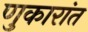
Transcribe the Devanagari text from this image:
णुकारांत